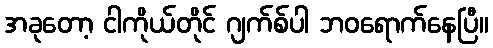
အခုတော့ ငါကိုယ်တိုင် ဂျက်စ်ပါ ဘဝရောက်နေပြီ။